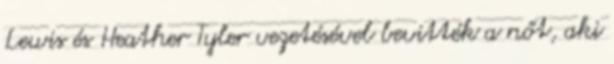
Lewis és Heather Tyler vezetésével bevitték a nőt, aki